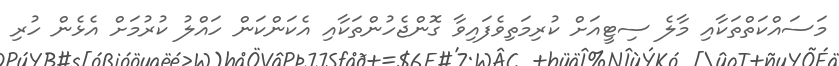
މަސައްކަތްތަކާއި މާލެ ސިޓީއަށް ކުރިމަތިވެފައިވާ ގޮންޖެހުންތަކާއި އެކަންކަން ހައްލު ކުރުމަށް އެޅެން ހުރި